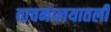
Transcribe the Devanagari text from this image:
वाचनालयातली